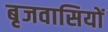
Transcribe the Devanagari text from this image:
बृजवासियों